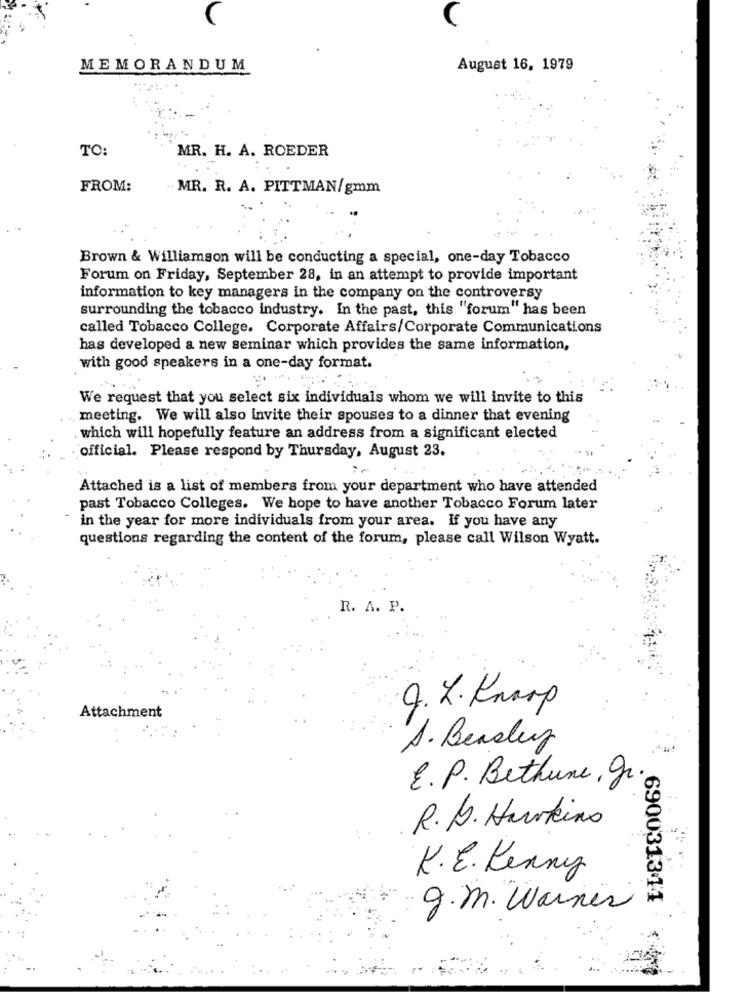
C
MEMORANDUM
August 16, 1979
TO:
MR. H. A. ROEDER
FROM:
. MR. R. A. PITTMAN/gmm
Brown & Williamson will be conducting a special, one-day Tobacco
Forum on Friday, September 28, in an attempt to provide important
information to key managers in the company on the controversy
surrounding the tobacco industry. In the past, this "forum" has been
called Tobacco College. Corporate Affairs/Corporate Communications
has developed a new seminar which provides the same information,
with good speakers in a one-day format.
We request that you select six individuals whom we will invite to this
meeting. We will also invite their spouses to a dinner that evening
which will hopefully feature an address from a significant elected
official. Please respond by Thursday, August 23.
Attached is a list of members from your department who have attended
past Tobacco Colleges. We hope to have another Tobacco Forum later
in the year for more individuals from your area. If you have any
questions regarding the content of the forum, please call Wilson Wyatt.
R. A. P.
Attachment
9. L. Knoop
A. Beasley
E. P. Bethune, gr.
R.L. Hurkins
K.E. Penny
690031311
g.m. Warner